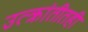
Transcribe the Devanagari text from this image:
उत्क्रांतीतही